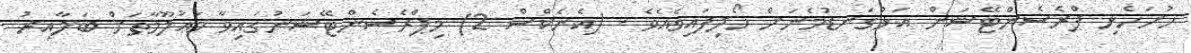
ހުށަހެޅި ޕްރެސެންޓޭޝަން އަޅުގަނޑުމެނަށް ހޯދިފައިވެއެވެ . (އެނެކްސް 2) މިޕްރެސެންޓޭޝަނުގައިވާ މަޢުލޫމާތަށް ބަލާއިރު